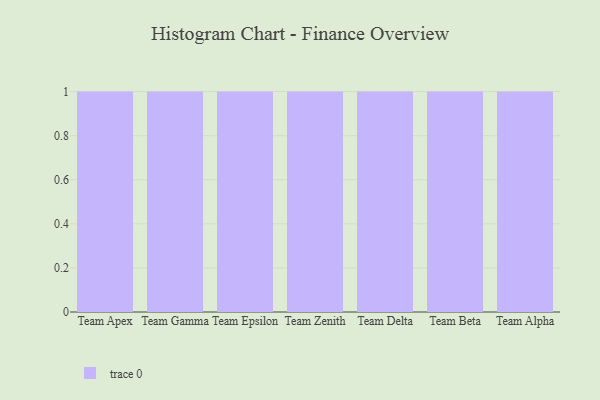
{"axis": {"x": "Team", "y": "Gross Profit (USD K)"}, "legend": [""], "data": [{"x": "Team Apex", "y": 62, "type": ""}, {"x": "Team Gamma", "y": 5, "type": ""}, {"x": "Team Epsilon", "y": 88, "type": ""}, {"x": "Team Zenith", "y": 35, "type": ""}, {"x": "Team Delta", "y": 79, "type": ""}, {"x": "Team Beta", "y": 75, "type": ""}, {"x": "Team Alpha", "y": 35, "type": ""}]}